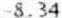
-8.34